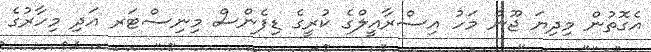
އެގޮތުން މިދިޔަ ޖޫން މަހު އިސްރާއީލްގެ ކުރީގެ ޑިފެންސް މިނިސްޓަރ އަދި މިހާރުގެ